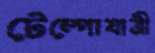
টেম্পোযাত্রী